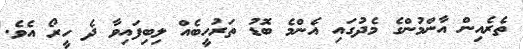
ތެރެއިން އާންމުންގެ މެދުގައި އެންމެ ބޮޑު ތަރުހީބެއް ލިބިފައިވާ ދެ ހީރޯ އެވެ.